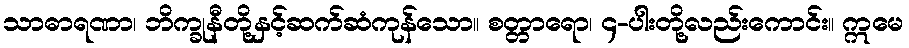
သာဓာရဏာ၊ ဘိက္ခုနီတို့နှင့်ဆက်ဆံကုန်သော။ စတ္တာရော၊ ၄-ပါးတို့လည်းကောင်း။ ဣမေ